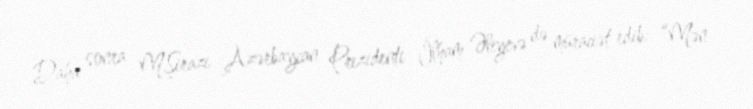
Daha sonra M.Şirazi Azərbaycan Prezidenti İlham Əliyevə də müraciət edib: “Mən